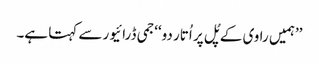
’’ہمیں راوی کے پُل پر اُتار دو‘‘جمی ڈرائیور سے کہتا ہے۔